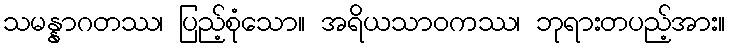
သမန္နာဂတဿ၊ ပြည့်စုံသော။ အရိယသာဝကဿ၊ ဘုရားတပည့်အား။